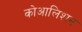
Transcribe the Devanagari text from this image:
कोआलिशन